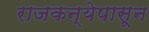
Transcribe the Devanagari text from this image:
राजकन्येपासून